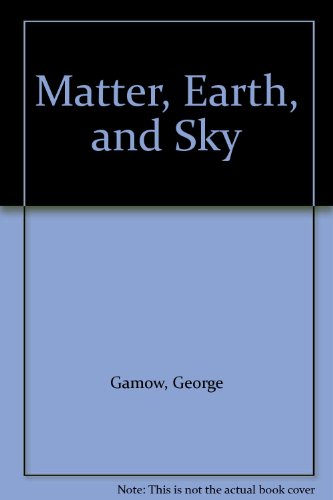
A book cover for Matter, Earth, and Sky; Christian Books & Bibles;